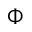
\Phi